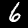
Label: 6